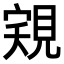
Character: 𧠽